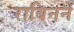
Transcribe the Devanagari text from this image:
राबिनने